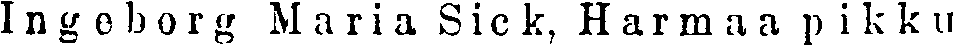
Ingeborg Maria Sick, Harmaa pikku